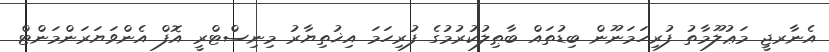
އެނާރޖީ މަޢުލޫމާތު ފުރިހަމަނޫން ބިޑުތައް ބާޠިލުކުރުމުގެ ފުރިހަމަ އިޚުތިޔާރު މިނިސްޓްރީ އޮފް އެންވަޔަރަންމަންޓް